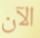
الآن